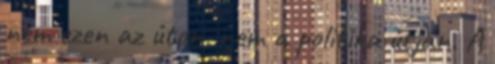
nem ezen az úton, nem a politika útján. A